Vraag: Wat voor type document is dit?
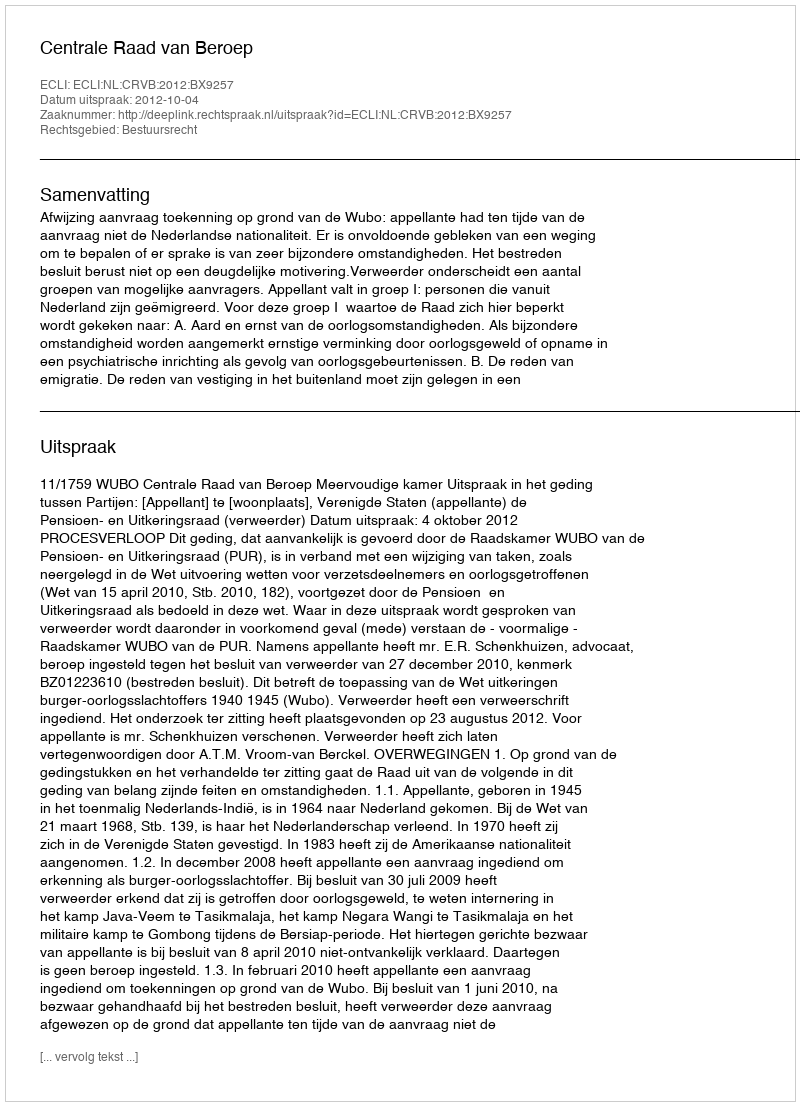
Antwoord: Uitspraak